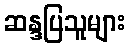
ဆန္ဒပြသူများ